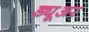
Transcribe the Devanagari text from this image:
ड्यूअर